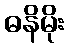
ဓနိမိုး